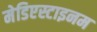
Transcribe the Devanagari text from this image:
मेडिएस्टाइनम